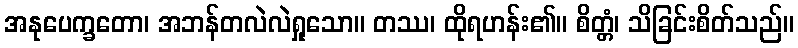
အနုပေက္ခတော၊ အဘန်တလဲလဲရှုသော။ တဿ၊ ထိုရဟန်း၏။ စိတ္တံ၊ သိခြင်းစိတ်သည်။